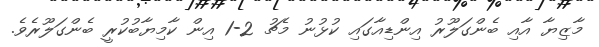
މާޒިޔާ އާއި ބެންގަލޫރު އިންޑިއާގައި ކުޅުނު މެޗު 2-1 އިން ކާމިޔާބުކުރީ ބެންގަލޫރެވެ.